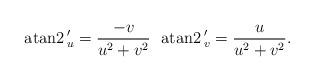
LaTeX: \begin{align*} \mathrm{atan2}\,'_u=\frac{-v}{u^2+v^2}\ \ \mathrm{atan2}\,'_v=\frac{u}{u^2+v^2}. \end{align*}